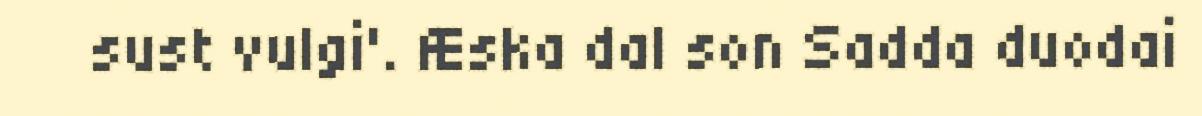
sust vulgi'. Æska dal son Sadda duodai